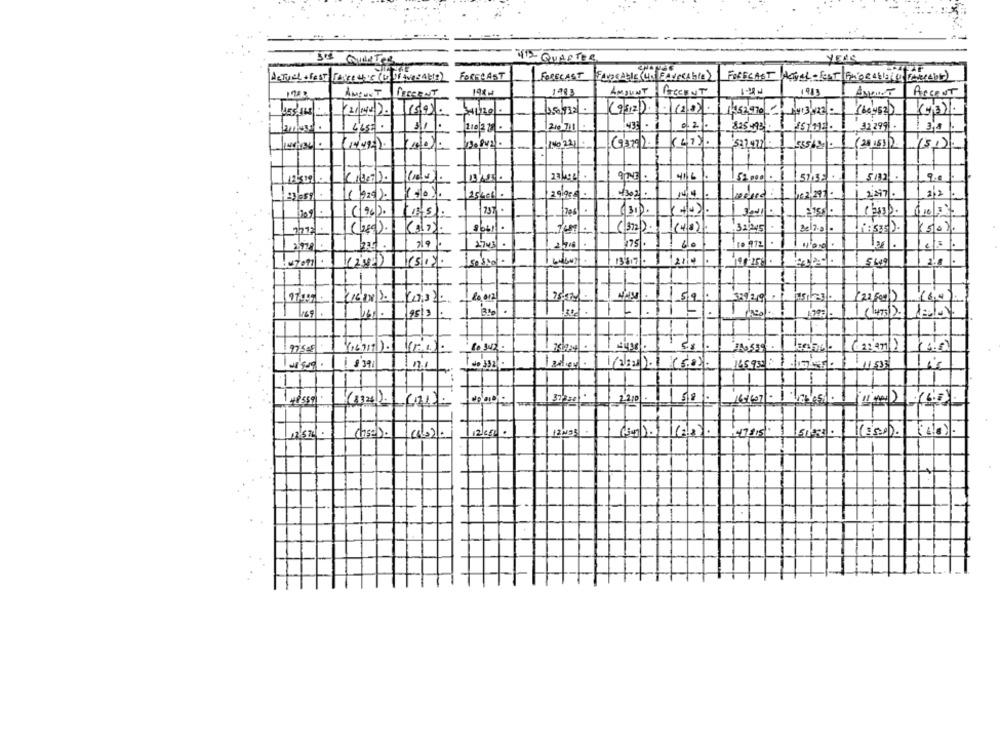
505 Quieter
41 QUARTOS
FORECAST
FORECAST
Actuel + Fest Parce this ( IF Ave 2 4/08 ) FORECAST
FAVORABLE (UN FAVORABLE
1933
AMOUNT PRESENT
AMOUNT FRECENT
ArceNT
15/9).
150932.
(9512) (28).
1152970- 41302-
(43).
T
21032 .
825 493.
32 2991 .
13.842.
(47).
(9320).1
(2815)2
(51)
171329
4116
57.35
5/32
25406).
2247%.
2/2
(1 26/2.
206
32 245
i:535 ) .
175 . 60
to 972
1387.214
5 649
sesion.
(1600 2. (03)
(22 Fee)
169
.
1
(16919).
10342.
1.5
11/2/20 12. (50).
16595
50
(132) (21)
22/0 1.
12 650 .
T